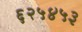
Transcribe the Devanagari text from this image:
६२५४५३